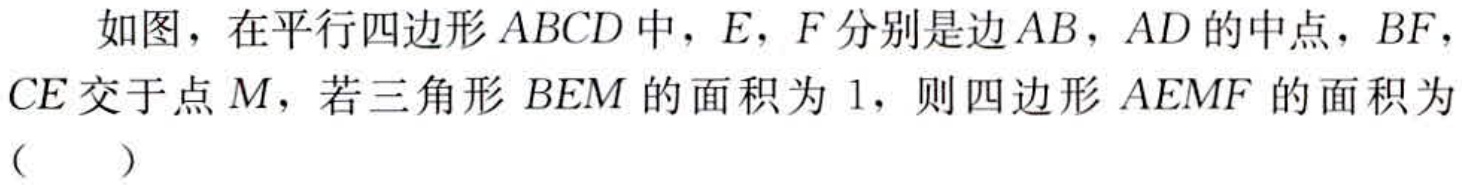
如图，在平行四边形\(ABCD\)中，\(E\)，\(F\)分别是边\(AB\)，\(AD\)的中点，\(BF\)，\(CE\)交于点\(M\)，若三角形\(BEM\)的面积为\(1\)，则四边形\(AEMF\)的面积为（  ）